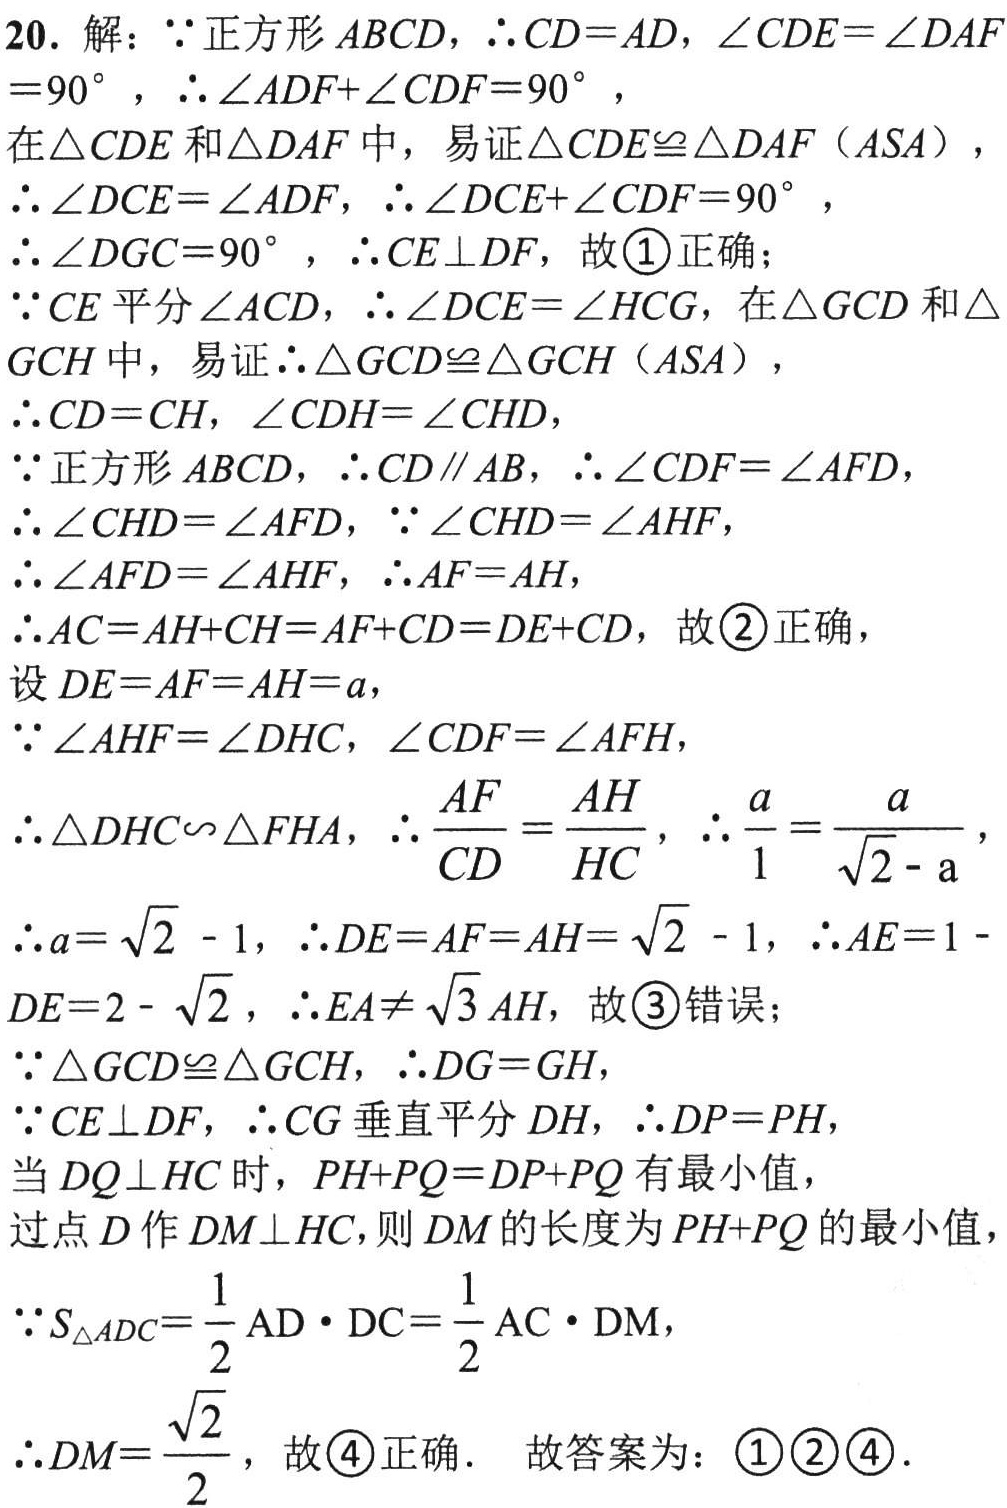
20. 解：$\because$正方形$ABCD$，$\therefore CD = AD$，$\angle CDE=\angle DAF = 90^{\circ}$，$\therefore\angle ADF+\angle CDF = 90^{\circ}$，

在$\triangle CDE$和$\triangle DAF$中，易证$\triangle CDE\cong\triangle DAF(ASA)$，

$\therefore\angle DCE=\angle ADF$，$\therefore\angle DCE+\angle CDF = 90^{\circ}$，

$\therefore\angle DGC = 90^{\circ}$，$\therefore CE\perp DF$，故\textcircled{1}正确；

$\because CE$平分$\angle ACD$，$\therefore\angle DCE=\angle HCG$，在$\triangle GCD$和$\triangle GCH$中，易证$\therefore\triangle GCD\cong\triangle GCH(ASA)$，

$\therefore CD = CH$，$\angle CDH=\angle CHD$，

$\because$正方形$ABCD$，$\therefore CD\parallel AB$，$\therefore\angle CDF=\angle AFD$，

$\therefore\angle CHD=\angle AFD$，$\because\angle CHD=\angle AHF$，

$\therefore\angle AFD=\angle AHF$，$\therefore AF = AH$，

$\therefore AC=AH + CH=AF + CD=DE + CD$，故\textcircled{2}正确，

设$DE = AF = AH = a$，

$\because\angle AHF=\angle DHC$，$\angle CDF=\angle AFH$，

$\therefore\triangle DHC\backsim\triangle FHA$，$\therefore\frac{AF}{CD}=\frac{AH}{HC}$，$\therefore\frac{a}{1}=\frac{a}{\sqrt{2}-a}$，

$\therefore a=\sqrt{2}-1$，$\therefore DE = AF = AH=\sqrt{2}-1$，$\therefore AE = 1 - DE=2-\sqrt{2}$，$\therefore EA\neq\sqrt{3}AH$，故\textcircled{3}错误；

$\because\triangle GCD\cong\triangle GCH$，$\therefore DG = GH$，

$\because CE\perp DF$，$\therefore CG$垂直平分$DH$，$\therefore DP = PH$，

当$DQ\perp HC$时，$PH + PQ=DP + PQ$有最小值，

过点$D$作$DM\perp HC$，则$DM$的长度为$PH + PQ$的最小值，

$\because S_{\triangle ADC}=\frac{1}{2}AD\cdot DC=\frac{1}{2}AC\cdot DM$，

$\therefore DM=\frac{\sqrt{2}}{2}$，故\textcircled{4}正确． 故答案为：\textcircled{1}\textcircled{2}\textcircled{4}．